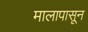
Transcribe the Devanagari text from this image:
मालापासून